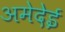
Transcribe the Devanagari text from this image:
अमेदेई